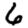
Digit: 6